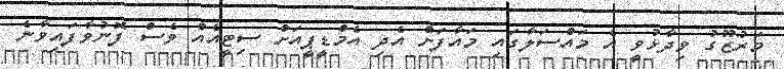
މަރުޒޫގު ވިދާޅުވީ އެ މައްސަލާގައި މައާފަށް އެދި އެމްޑީޕީއަށް ސިޓީއެއް ވެސް ފޮނުވާފައިވާނެ